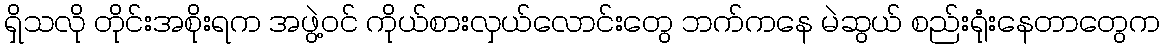
ရှိသလို တိုင်းအစိုးရက အဖွဲ့ဝင် ကိုယ်စားလှယ်လောင်းတွေ ဘက်ကနေ မဲဆွယ် စည်းရုံးနေတာတွေက